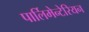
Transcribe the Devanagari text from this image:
पार्लिमेन्टेरियन